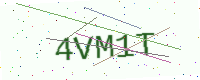
Text: 4VM1T